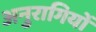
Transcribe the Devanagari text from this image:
अनुरागियों